system: You are a helpful assistant.
user:
Analyze the provided spectrum to determine if it is a **M-type Giant (gM)**.

A M-type Giant spectrum is defined by its **strong molecular absorption** features, particularly from **Titanium Oxide (TiO)**. You must check for one of the following mutually exclusive signatures:

- **Key Visual Indicators (Absorption-Dominated Spectrum):**

    - **(Primary):** The spectrum is dominated by strong molecular absorption from **Titanium Oxide (TiO)**. This is the **defining feature** of its M-type temperature class.
        - **(Key Bandheads):** Look for sharp, "saw-tooth" absorption valleys. The strongest are located near **~7050 Å**, **~6160 Å**, and **~5170 Å**.
        - **(Line Profile):** The "saw-tooth" morphology is critical: a **sharp, steep drop on the BLUE (short-wavelength) side** of the bandhead, followed by a gradual recovery (rising flux) towards the RED (long-wavelength) side.

    - **(Key Confirmation - Giant vs. Dwarf):** **ABSENCE** of strong **Calcium Hydride (CaH)** molecular bands. This is the primary diagnostic for *excluding* M-dwarfs.
        - **(Key Region):** The spectrum should lack the strong, broad absorption band seen in dwarfs between **~6800 Å and ~7000 Å**.

    - **(Secondary Confirmation - Giant):** A very strong and broad **Neutral Calcium (Ca I)** atomic absorption line.
        - **(Key Line):** Located at **~4226 Å**. In a giant (gM), this line is significantly deeper and broader than the same line in an M-dwarf (dM) due to low surface gravity.

    - **(Overall Spectrum):**
        - The continuum is **extremely red-sloping** (i.e., flux is very low in the blue and rises dramatically towards the red).
        - The entire spectrum appears "chopped up" by the deep TiO bands.

Think first, call **spectral_visualization_tool** if needed to examine features in detail, then provide your final answer. Your response must adhere to the following strict rules:
1.  **Overall Structure:** Your response must follow the format `<think>...</think> <tool_call>...</tool_call> (if a tool is used) <answer>...</answer>`.
2.  **Tool Usage Constraint:** You may only make **one** tool call per turn.
3.  **Final Answer Format:** In the `<answer>` tag, your conclusion must be inside a `\boxed{}` command (e.g., `\boxed{YES}` or `\boxed{NO}`), followed by your justification.

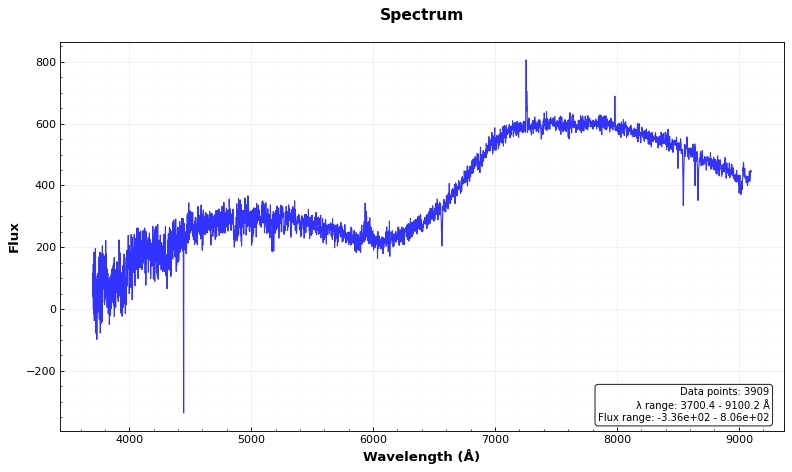
Answer: NO